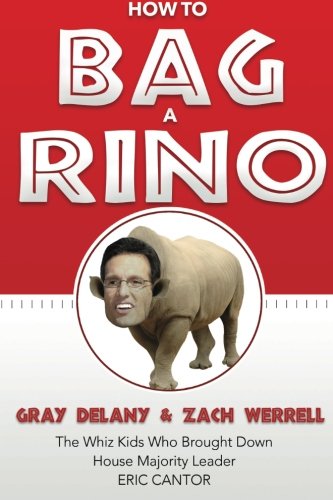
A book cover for How to Bag a RINO: The Whiz Kids Who Brought Down House Majority Leader Eric Cantor (The Calamo Press); Gray Delany; Politics & Social Sciences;